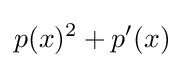
p(x)^{2}+p'(x)